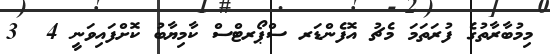
މިމުބާރާތުގެ ފުރަތަމަ މެޗު އޮފެންޑަރ ސްޕޯރޓްސް ކާމިޔާބު ކޮށްފައިވަނީ 4  3